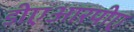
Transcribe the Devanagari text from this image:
डीएआरपीए